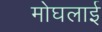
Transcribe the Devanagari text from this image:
मोघलाई